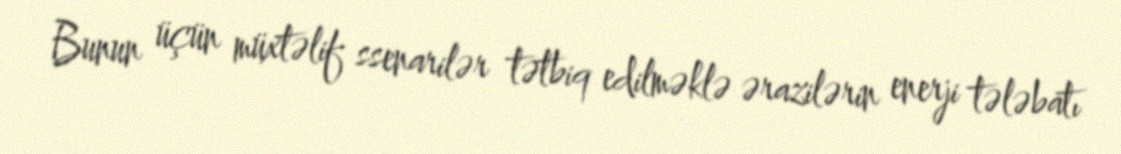
Bunun üçün müxtəlif ssenarilər tətbiq edilməklə ərazilərin enerji tələbatı